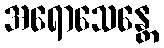
အရောသေန္တေ